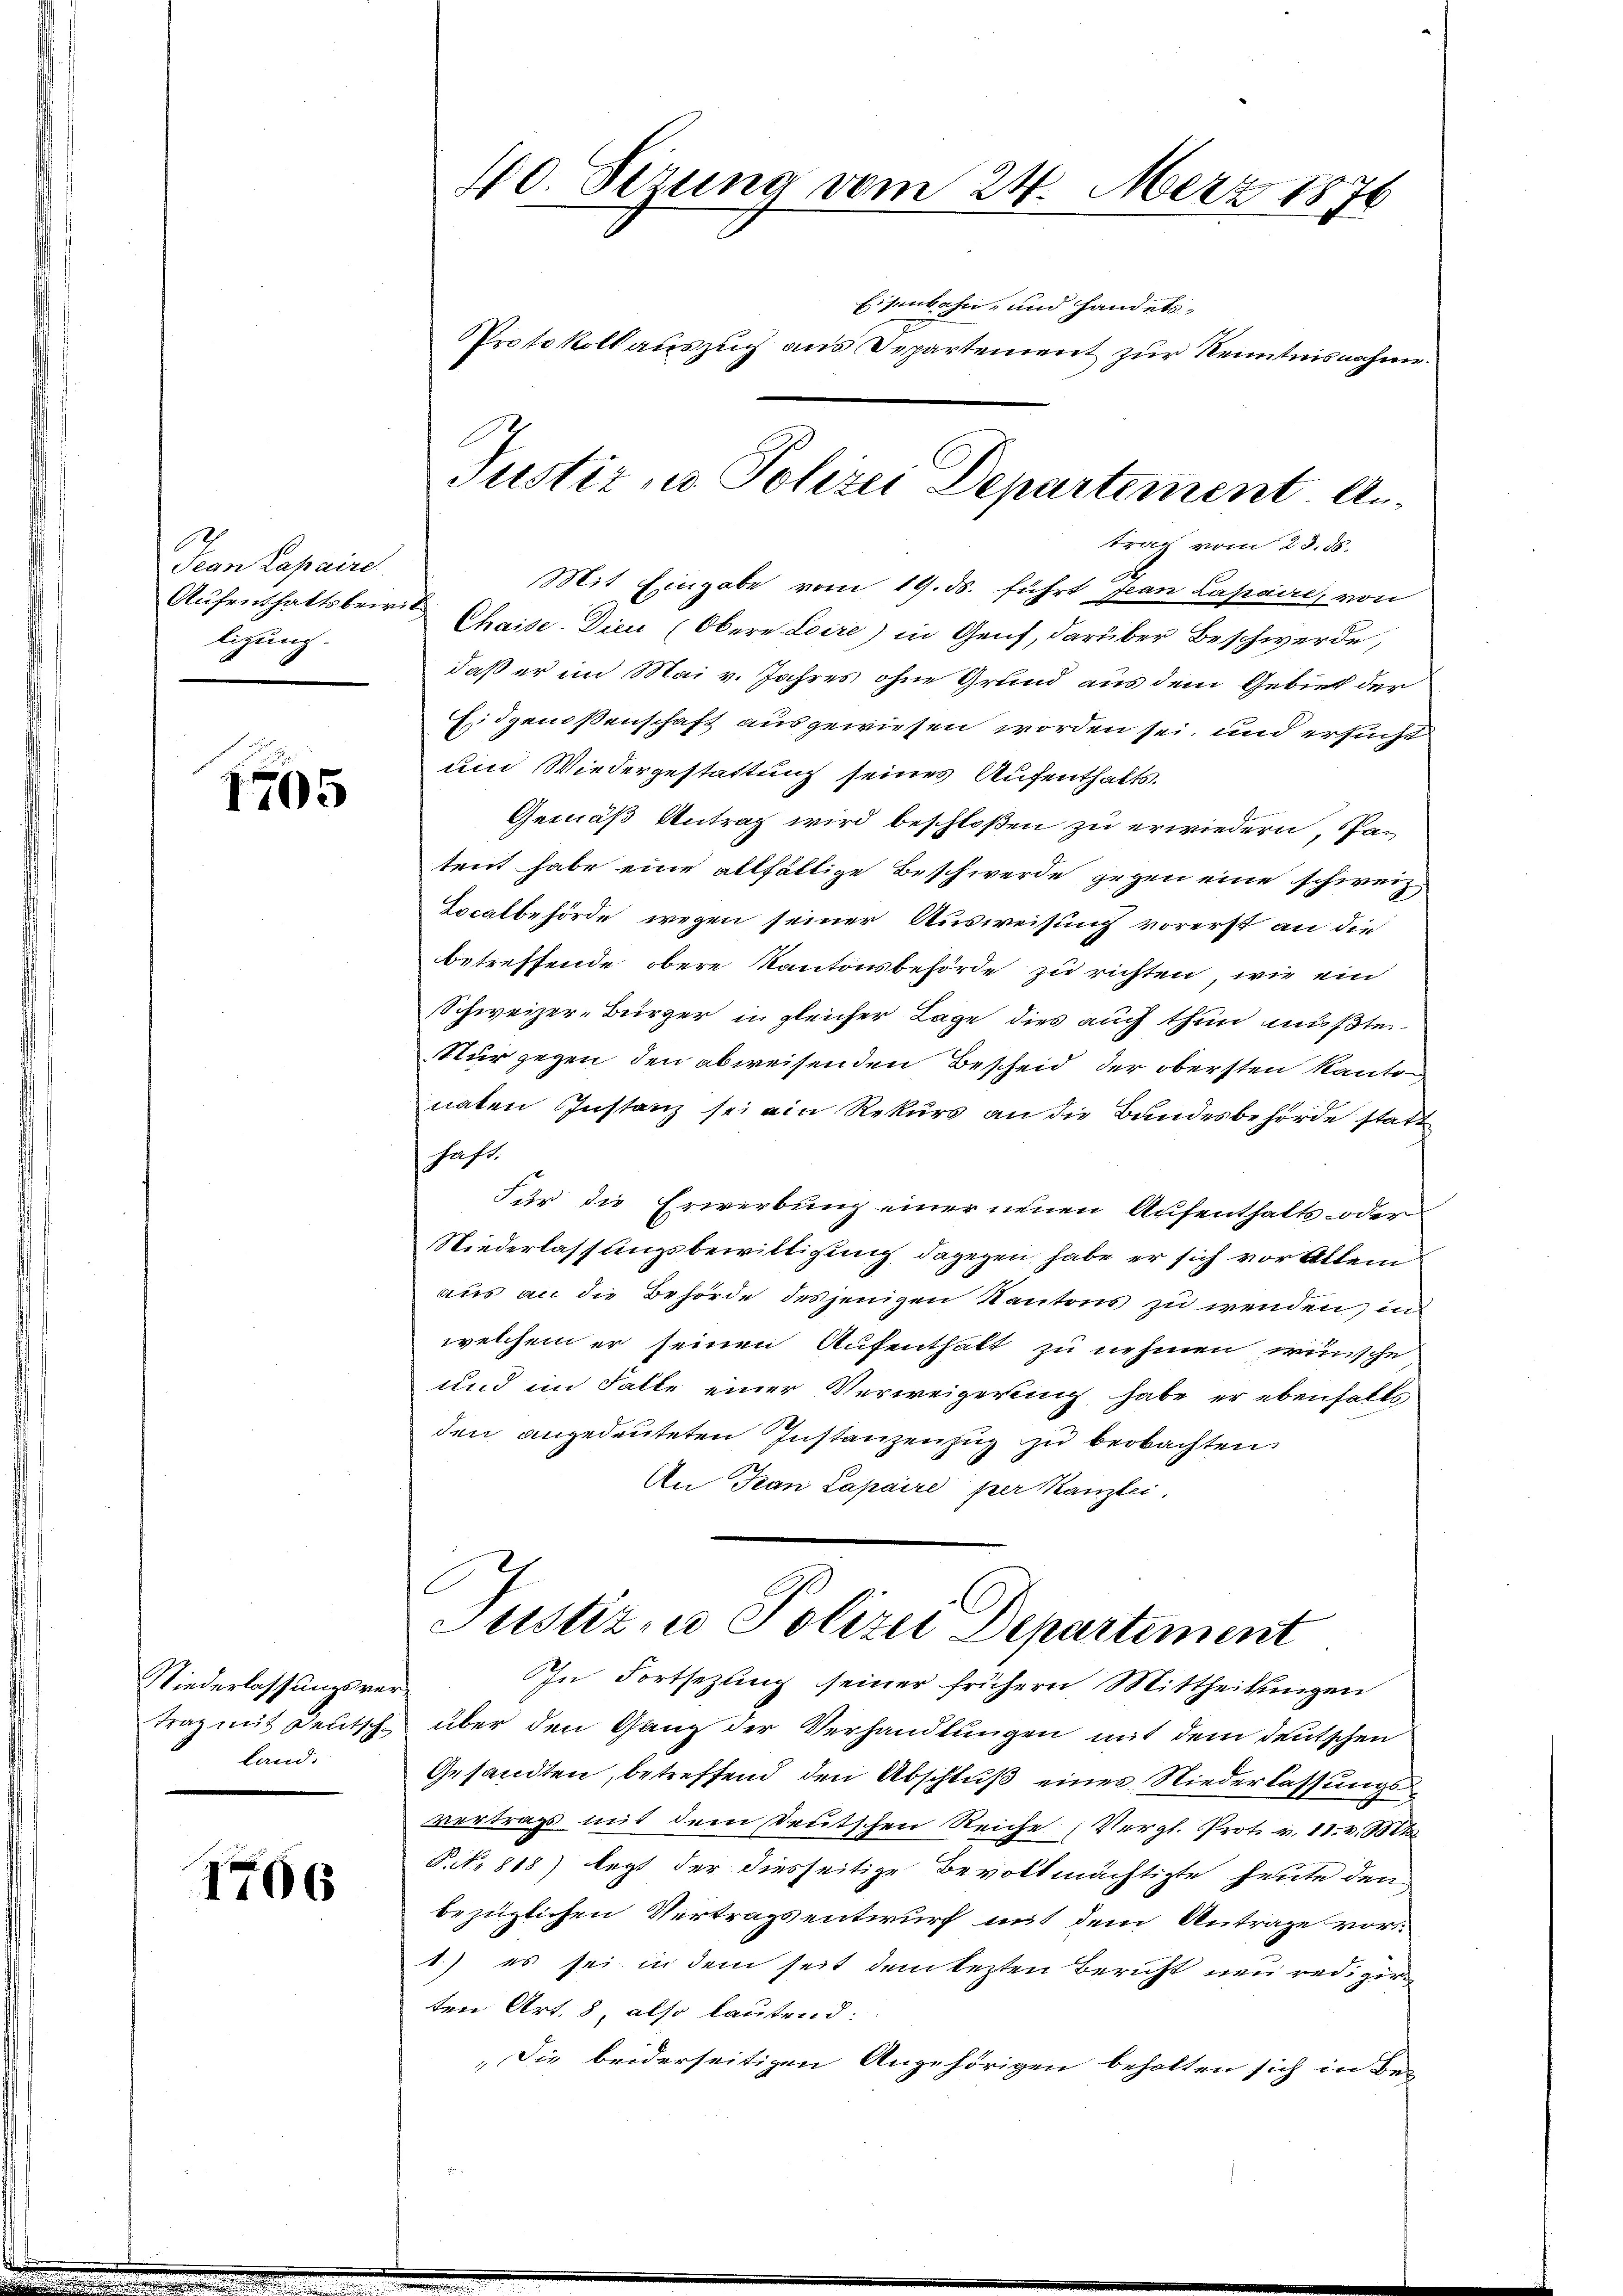
Jean Papaire.
ligung.

1795

Niederlassungsrec
trag mit Deutsch
land.

1706

40. Fizung vom 24. März 1876
Eisenbahn.
und handels-
Protokoll auszug aus Departement zur Kenntnisnahme.

Justiz - Polizei Departement Antrag vom 23. ds.

Mit Eingabe vom 19. ds. führt Jean Lapaire, von
Aŭfenthaltsber. Chaise-Dien (Obere Loire) in Genf, darüber Beschwerde,
daß er im Mai v. Jahres ohne Grund aus dem Gebiet der
Eidgenoßenschaft ausgewiesen worden sei, und ersucht
und Wiedergestattung seines Aufenthalts.
Gemäß Antrag wird beschloßen zu erwiedern, Patent habe eine allfällige Beschwerde gegen eine schweiz
Localbehörde wegen seiner Ausweisung vorerst an die
betreffende obere Kantonsbehörde zu richten, wie ein
Schweizer-Bürger in gleicher Lage dies auch thun mußte.
Nur gegen den abweisenden Bescheid der obersten Kanton,
naten Instanz sei ein Rekurs an die Bundesbehörde statt
saft.
Für die Erwerbung einer neuen Aufenthalts- oder
Niederlassungsbewilligung dagegen habe er sich vor Allem
aus an die Behörde desjenigen Kantons zu wenden, in
welchem er seinen Aufenthalt zu nehmen wünsche
und im Falle einer Verweigerung habe er ebenfalls
den angedeuteten Instanzenzug zu beobachten
An Jean Lapaire per Kanzlei.
C

über den Ganz der Verhandlungen mit dem deutschen
Gesandten, betreffend den Abschluß eines Niederlassungs
vertrags mit dem Deutschen Reiche (Vergl. Prot. v. 11. v. Mt
Pik. 818) legt der diesseitige Bevollmächtigte heute den
bezüglichen Vertragsentwurf mit dem Antrage vor¬
1.) es sei in dem seit dem lezten Bericht neu rede zur
ten Art. 8, also lautend:
Die beiderseitigen Angehörigen behalten sich in Be-

Justiz zu Polizei Departement
Ihn Fortsetzling seiner frühern Mittheilungen